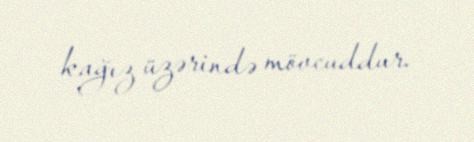
kağız üzərində mövcuddur.